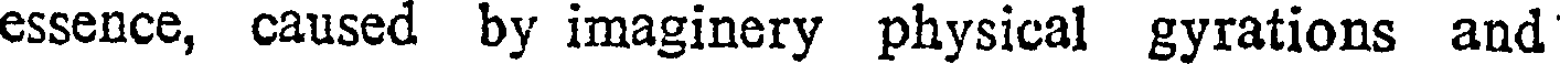
essence, caused by imaginery physical gyrations and